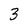
Character: 3